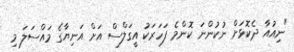
"ނިއުއާ ދެކޮޅަށް ނުކުންނަ ކޮންމެ ފަހަރަކު އީގަލްސް އަށް އަނިޔާގެ މައްސަލަ މި